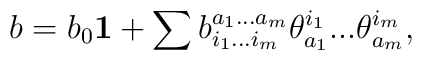
b=b_0 {\bf 1}+\sum b_{i_1...i_m}^{a_1...a_m}\theta_{a_1}^{i_1}...\theta_{a_m}^{i_m},